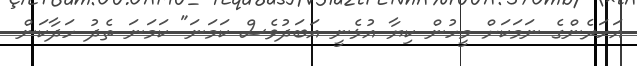
އަހަރެންގެ ނަމަކަށް މީހުން ކިޔާ އުޅެނީ އަބަދުވެސް ކަމަނަ" ކަމަނަ ތެދު ހަދާކަން